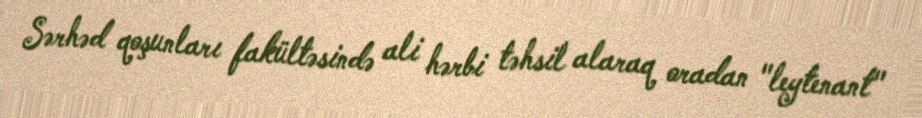
Sərhəd qoşunları fakültəsində ali hərbi təhsil alaraq oradan "leytenant"